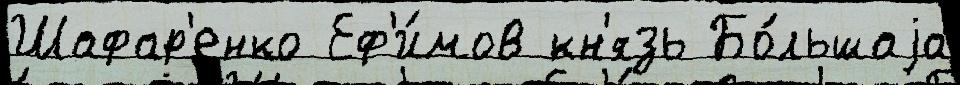
Шафар'енко Еф'и́мов кн'язь Бо́льшаjа